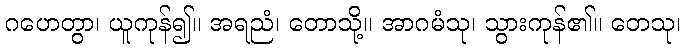
ဂဟေတွာ၊ ယူကုန်၍။ အရညံ၊ တောသို့။ အာဂမံသု၊ သွားကုန်၏။ တေသု၊